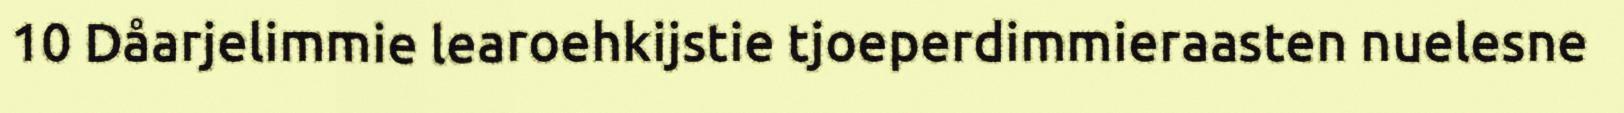
10 Dåarjelimmie learoehkijstie tjoeperdimmieraasten nuelesne